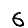
Digit: 6